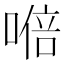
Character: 𭉩